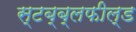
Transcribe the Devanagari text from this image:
स्टब्ब्लफील्ड